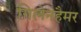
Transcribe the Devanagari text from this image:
गिलेनहैमर